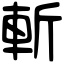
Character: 斬